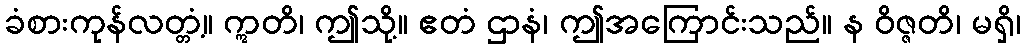
ခံစားကုန်လတ္တံ့။ ဣတိ၊ ဤသို့။ ဧတံ ဌာနံ၊ ဤအကြောင်းသည်။ န ဝိဇ္ဇတိ၊ မရှိ၊